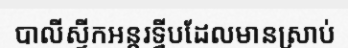
បាលីស្ទីកអន្តរទ្វីបដែលមានស្រាប់